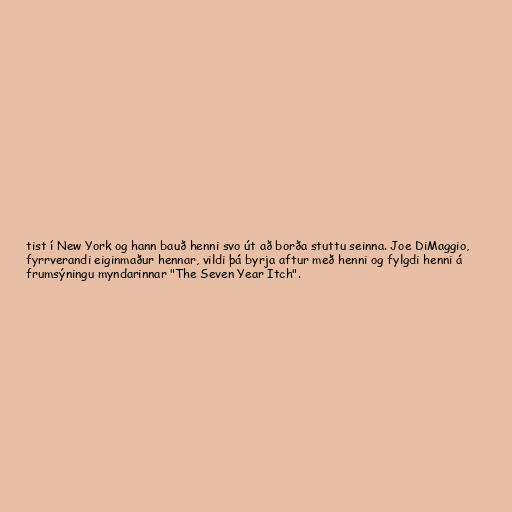
tist í New York og hann bauð henni svo út að borða stuttu seinna. Joe DiMaggio,
fyrrverandi eiginmaður hennar, vildi þá byrja aftur með henni og fylgdi henni á
frumsýningu myndarinnar "The Seven Year Itch".